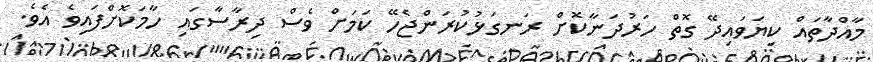
މާއްދާތައް ކިޔަވައިދޭ ގޮތް ހަރުދަނާކޮށް ރަނގަޅުކުރަންޖެހޭ ކަމަށް ވެސް ދިރާސާގައި ހާމަކޮށްފައިވެ އެވެ.